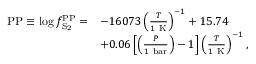
\begin{array} { r l } { { \mathrm { P P } } \equiv \log f _ { \mathrm { S _ { 2 } } } ^ { \mathrm { P P } } = } & { - 1 6 0 7 3 \left( \frac { T } { 1 \mathrm { ~ K } } \right) ^ { - 1 } + 1 5 . 7 4 } \\ & { + 0 . 0 6 \left[ \left( \frac { P } { 1 \mathrm { ~ b a r } } \right) - 1 \right] \left( \frac { T } { 1 \mathrm { ~ K } } \right) ^ { - 1 } , } \end{array}